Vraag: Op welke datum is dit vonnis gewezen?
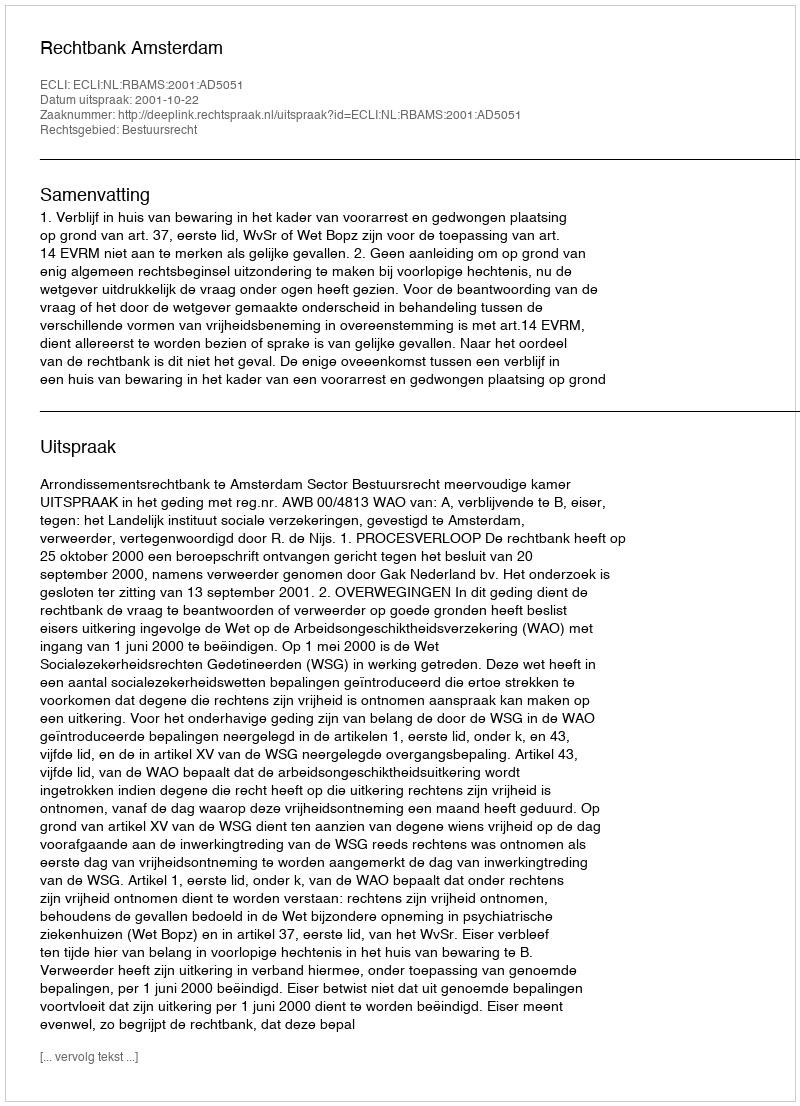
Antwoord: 2001-10-22